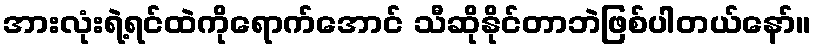
အားလုံးရဲ့ရင်ထဲကိုရောက်အောင် သီဆိုနိုင်တာဘဲဖြစ်ပါတယ်နော်။